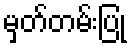
မှတ်တမ်းပြု